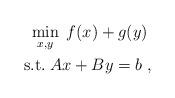
LaTeX: \begin{align*} & \ \min_{x,y}\; f(x)+g(y) \\ & \mathrm{s.t.}\; Ax+By=b \ , \end{align*}